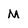
Character: M